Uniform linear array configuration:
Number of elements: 64
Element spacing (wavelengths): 0.5
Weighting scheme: uniform
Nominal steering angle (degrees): -15
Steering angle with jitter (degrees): -13.307
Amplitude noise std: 0.05
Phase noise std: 0.05

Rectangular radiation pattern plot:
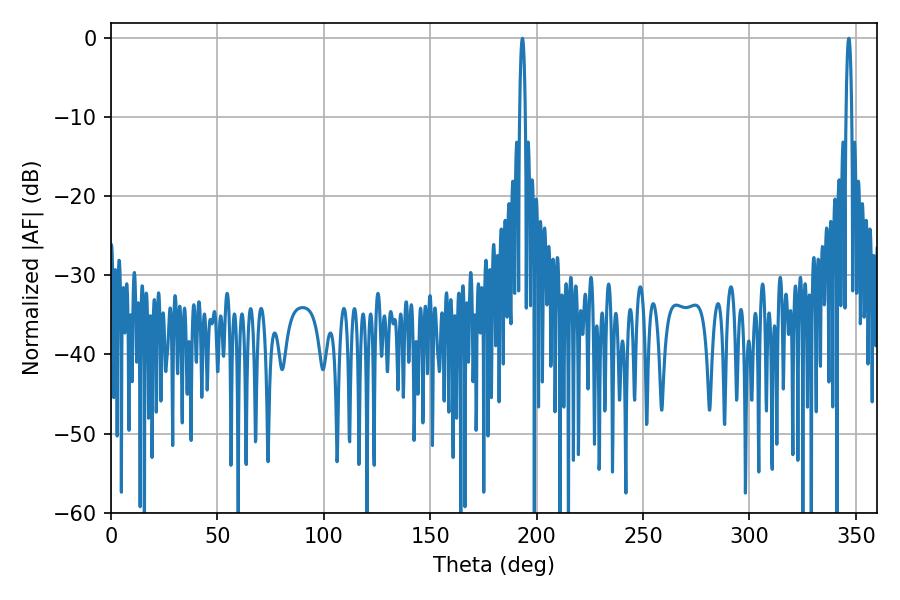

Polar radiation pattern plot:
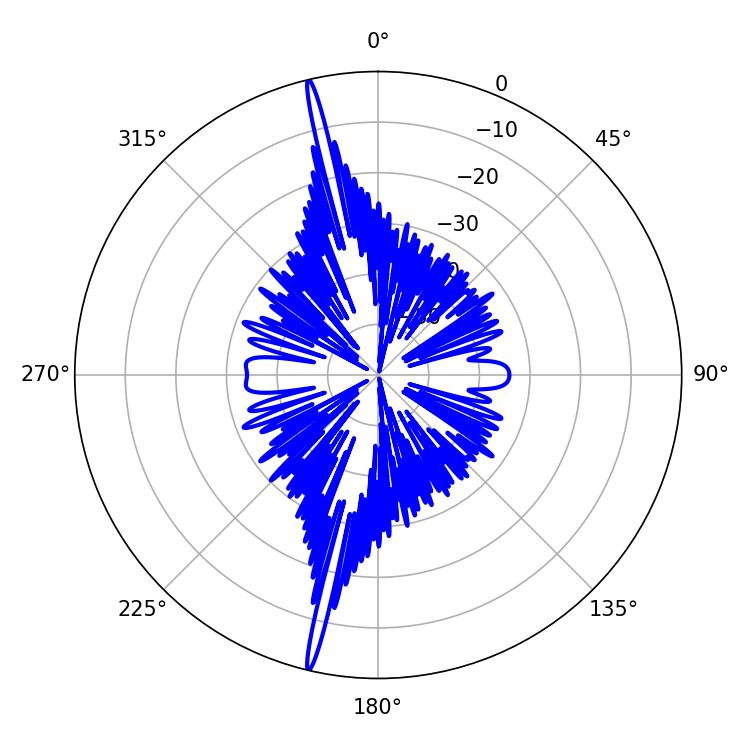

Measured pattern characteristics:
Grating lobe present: FALSE
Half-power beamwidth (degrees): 1.44
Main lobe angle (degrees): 193.32